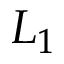
L _ { 1 }